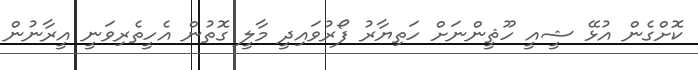
ކޮށްގެން އުޅޭ ޝީއީ ހޫޘީންނަށް ހަތިޔާރު ފޯރުވައިދީ މާލީ ގޮތުން އެހީތެރިވަނީ އީރާނުން